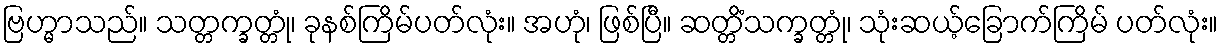
ဗြဟ္မာသည်။ သတ္တက္ခတ္တုံ၊ ခုနစ်ကြိမ်ပတ်လုံး။ အဟုံ၊ ဖြစ်ပြီ။ ဆတ္တိံသက္ခတ္တုံ၊ သုံးဆယ့်ခြောက်ကြိမ် ပတ်လုံး။